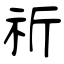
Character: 祈